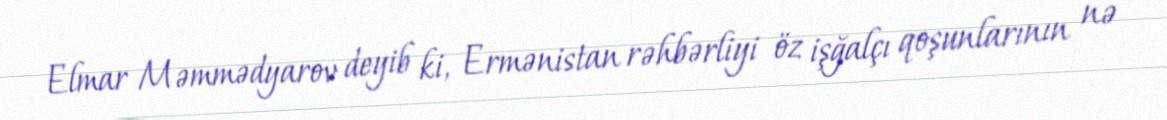
Elmar Məmmədyarov deyib ki, Ermənistan rəhbərliyi öz işğalçı qoşunlarının nə